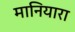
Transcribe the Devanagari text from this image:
मानियारा